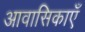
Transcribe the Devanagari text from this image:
आवासिकाएँ